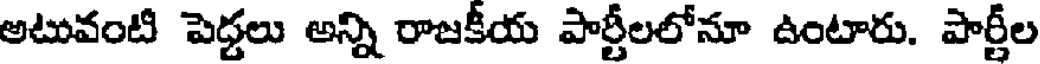
అటువంటి పెద్దలు అన్ని రాజకీయ పార్టీలలోనూ ఉంటారు. పార్టీల